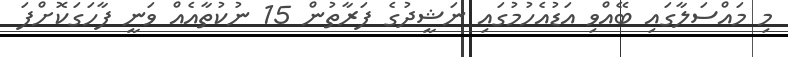
މި މައްސަލާގައި ބޭއްވި އަޑުއެހުމުގައި ނަޝީދުގެ ފަރާތުން 15 ނުކުތާއެއް ވަނީ ފާހަގަކޮށްފަ